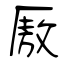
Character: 厫